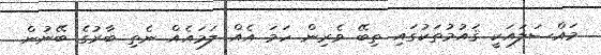
މައްސަލައަކީ ޤަައުމުތަކުގައި ތިބޭ ވެރިން ހަމަ އެއް ލަމައެއް ނެތި ބާރުގެ ބޭނުން